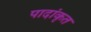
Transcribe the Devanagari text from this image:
पादांकृत